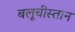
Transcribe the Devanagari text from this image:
बलूचीस्तान